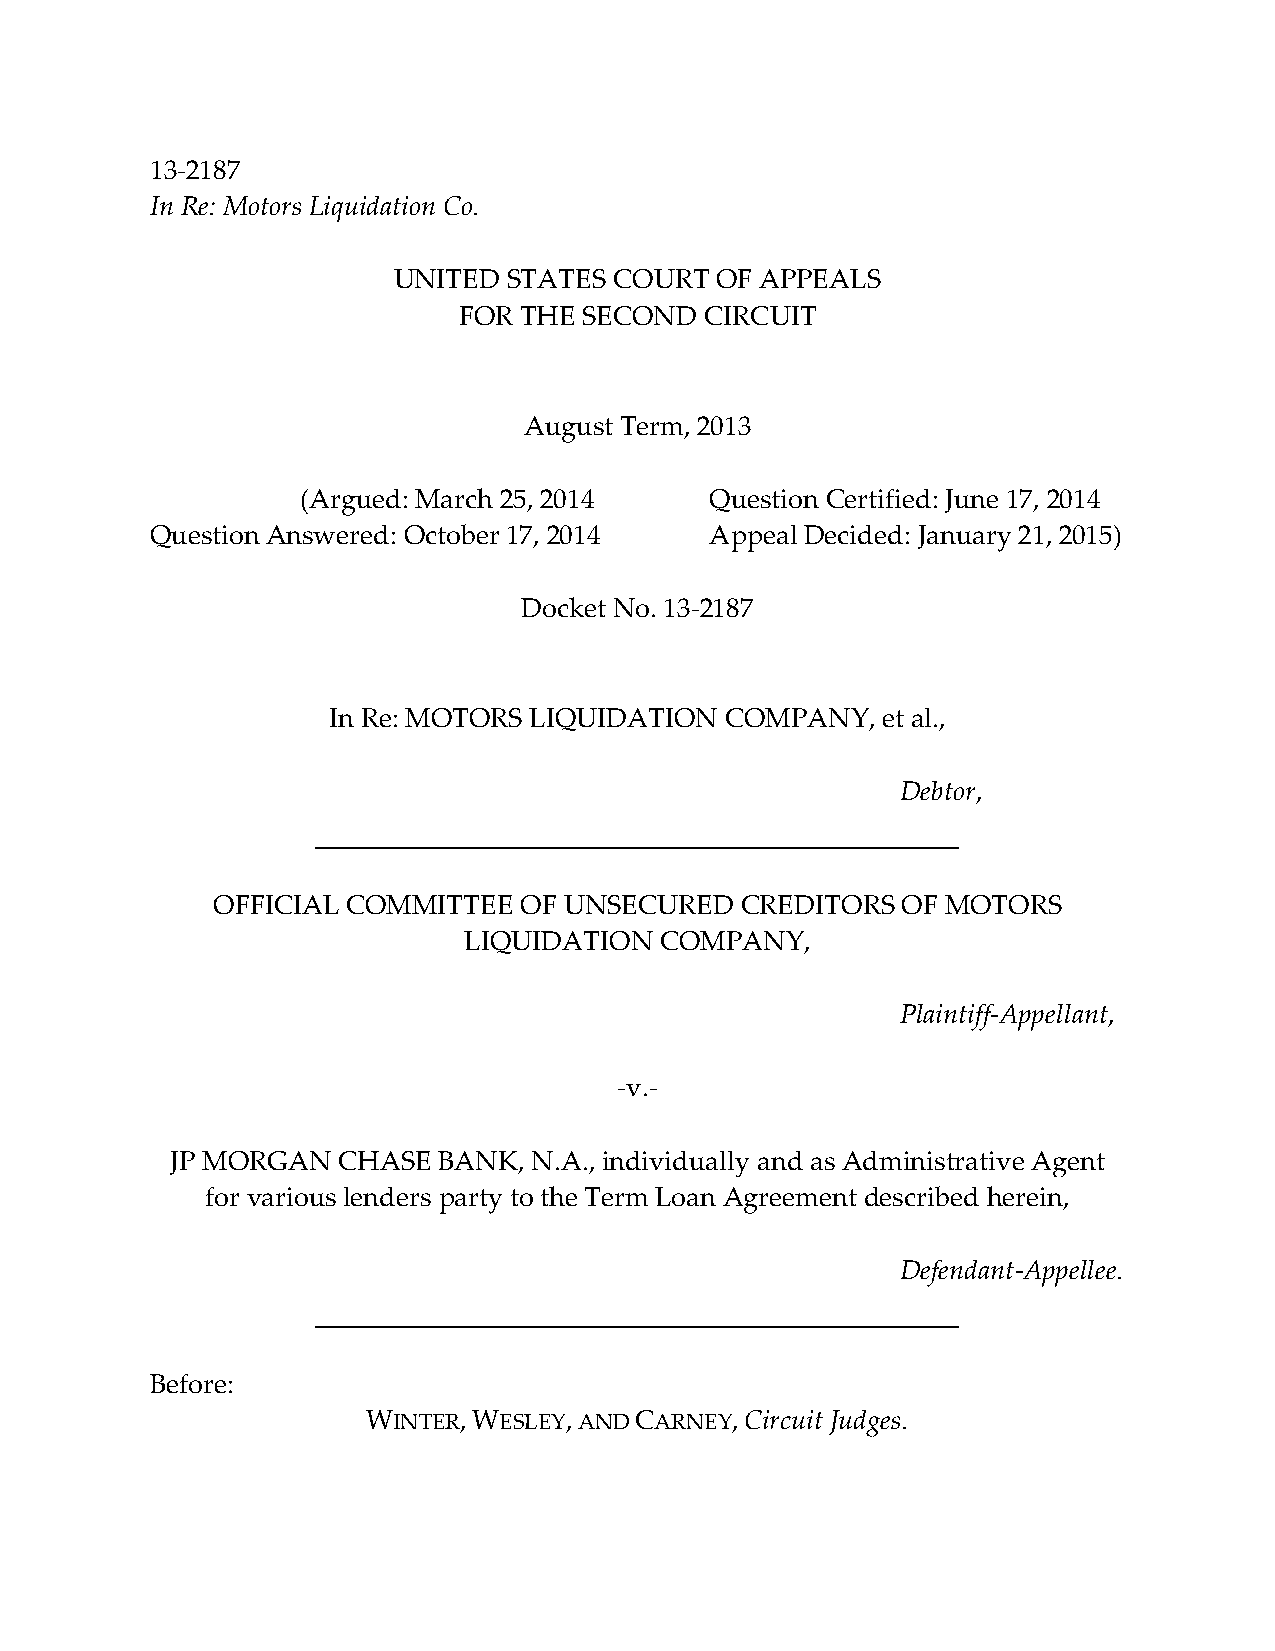
13‐2187
 In Re: Motors Liquidation Co.
 UNITED  STATES COURT OF APPEALS
 FOR THE  SECOND  CIRCUIT
 August Term, 2013
 (Argued: March 25, 2014    Question Certified: June 17, 2014
 Question Answered: October 17, 2014  Appeal Decided: January 21, 2015)
 Docket No. 13‐2187
 In Re: MOTORS LIQUIDATION COMPANY,  et al.,
 Debtor,
 OFFICIAL COMMITTEE  OF UNSECURED   CREDITORS  OF MOTORS
 LIQUIDATION  COMPANY,
 Plaintiff‐Appellant,
 ‐v.‐
 JP MORGAN  CHASE  BANK, N.A., individually and as Administrative Agent
 for various lenders party to the Term Loan Agreement described herein,
 Defendant‐Appellee.
 Before:
 WINTER, WESLEY, AND CARNEY, Circuit Judges.